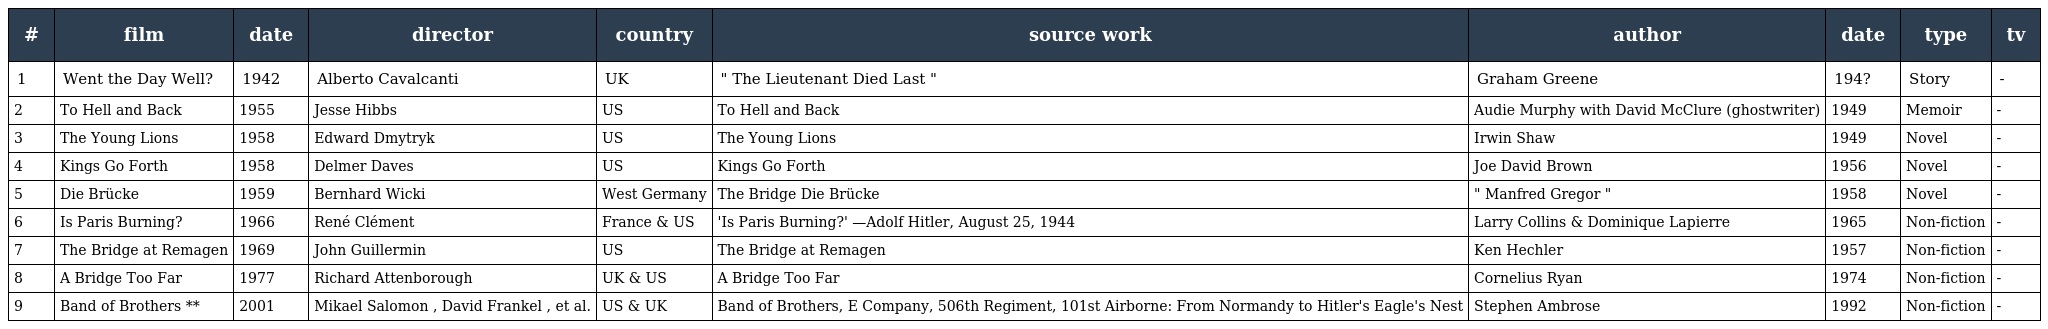
| # | film | date | director | country | source work | author | date | type | tv |
 | --- | --- | --- | --- | --- | --- | --- | --- | --- | --- |
 | 1 | Went the Day Well? | 1942 | Alberto Cavalcanti | UK | " The Lieutenant Died Last " | Graham Greene | 194? | Story | - |
 | 2 | To Hell and Back | 1955 | Jesse Hibbs | US | To Hell and Back | Audie Murphy with David McClure (ghostwriter) | 1949 | Memoir | - |
 | 3 | The Young Lions | 1958 | Edward Dmytryk | US | The Young Lions | Irwin Shaw | 1949 | Novel | - |
 | 4 | Kings Go Forth | 1958 | Delmer Daves | US | Kings Go Forth | Joe David Brown | 1956 | Novel | - |
 | 5 | Die Brücke | 1959 | Bernhard Wicki | West Germany | The Bridge Die Brücke | " Manfred Gregor " | 1958 | Novel | - |
 | 6 | Is Paris Burning? | 1966 | René Clément | France & US | 'Is Paris Burning?' —Adolf Hitler, August 25, 1944 | Larry Collins & Dominique Lapierre | 1965 | Non-fiction | - |
 | 7 | The Bridge at Remagen | 1969 | John Guillermin | US | The Bridge at Remagen | Ken Hechler | 1957 | Non-fiction | - |
 | 8 | A Bridge Too Far | 1977 | Richard Attenborough | UK & US | A Bridge Too Far | Cornelius Ryan | 1974 | Non-fiction | - |
 | 9 | Band of Brothers ** | 2001 | Mikael Salomon , David Frankel , et al. | US & UK | Band of Brothers, E Company, 506th Regiment, 101st Airborne: From Normandy to Hitler's Eagle's Nest | Stephen Ambrose | 1992 | Non-fiction | - |